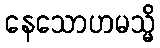
နေသောဟမသ္မိ